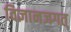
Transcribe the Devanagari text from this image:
विज्ञानजगत्‌